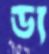
ড্য